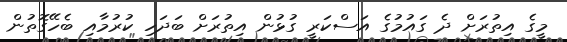
މީގެ އިތުރަށް ދެ ގައުމުގެ އަސްކަރީ ގުޅުން އިތުރަށް ބަދަހި ކުރުމާއި ބެހޭގޮތުން